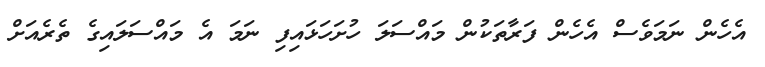
އެހެން ނަމަވެސް އެހެން ފަރާތަކުން މައްސަލަ ހުށަހަޅައިފި ނަމަ އެ މައްސަލައިގެ ތެރެއަށް